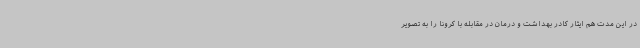
در این مدت هم ایثار کادر بهداشت و درمان در مقابله با کرونا را به تصویر